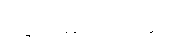
ပဗ္ဗတမာဝသိတွာ